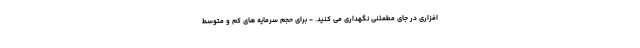
افزاری در جای مطمئنی نگهداری می کنید. - برای حجم سرمایه های کم و متوسط